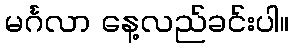
မင်္ဂလာ နေ့လည်ခင်းပါ။